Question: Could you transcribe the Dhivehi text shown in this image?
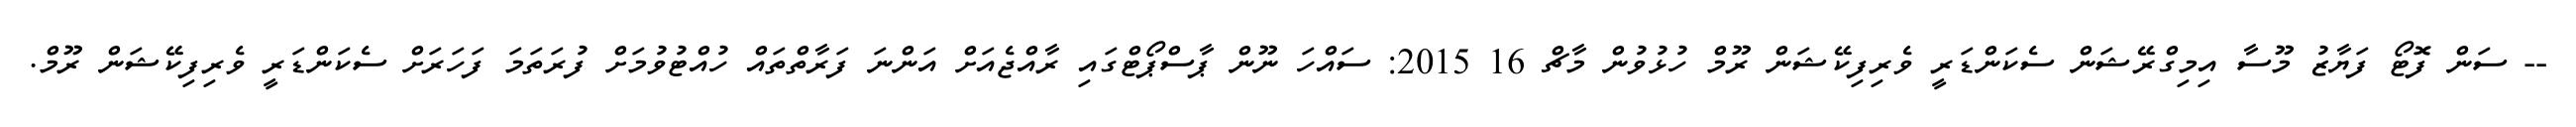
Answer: -- ސަން ފޮޓޯ ފަޔާޒު މޫސާ އިމިގްރޭޝަން ސެކަންޑަރީ ވެރިފިކޭޝަން ރޫމް ހުޅުވުން މާޗް 16 2015: ސައްހަ ނޫން ޕާސްޕޯޓްގައި ރާއްޖެއަށް އަންނަ ފަރާތްތައް ހުއްޓުވުމަށް ފުރަތަމަ ފަހަރަށް ސެކަންޑަރީ ވެރިފިކޭޝަން ރޫމް.